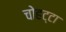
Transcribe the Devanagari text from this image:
चोहट्टा